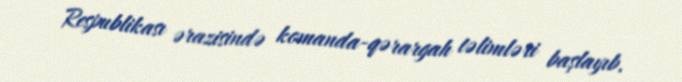
Respublikası ərazisində komanda-qərargah təlimləri başlayıb.